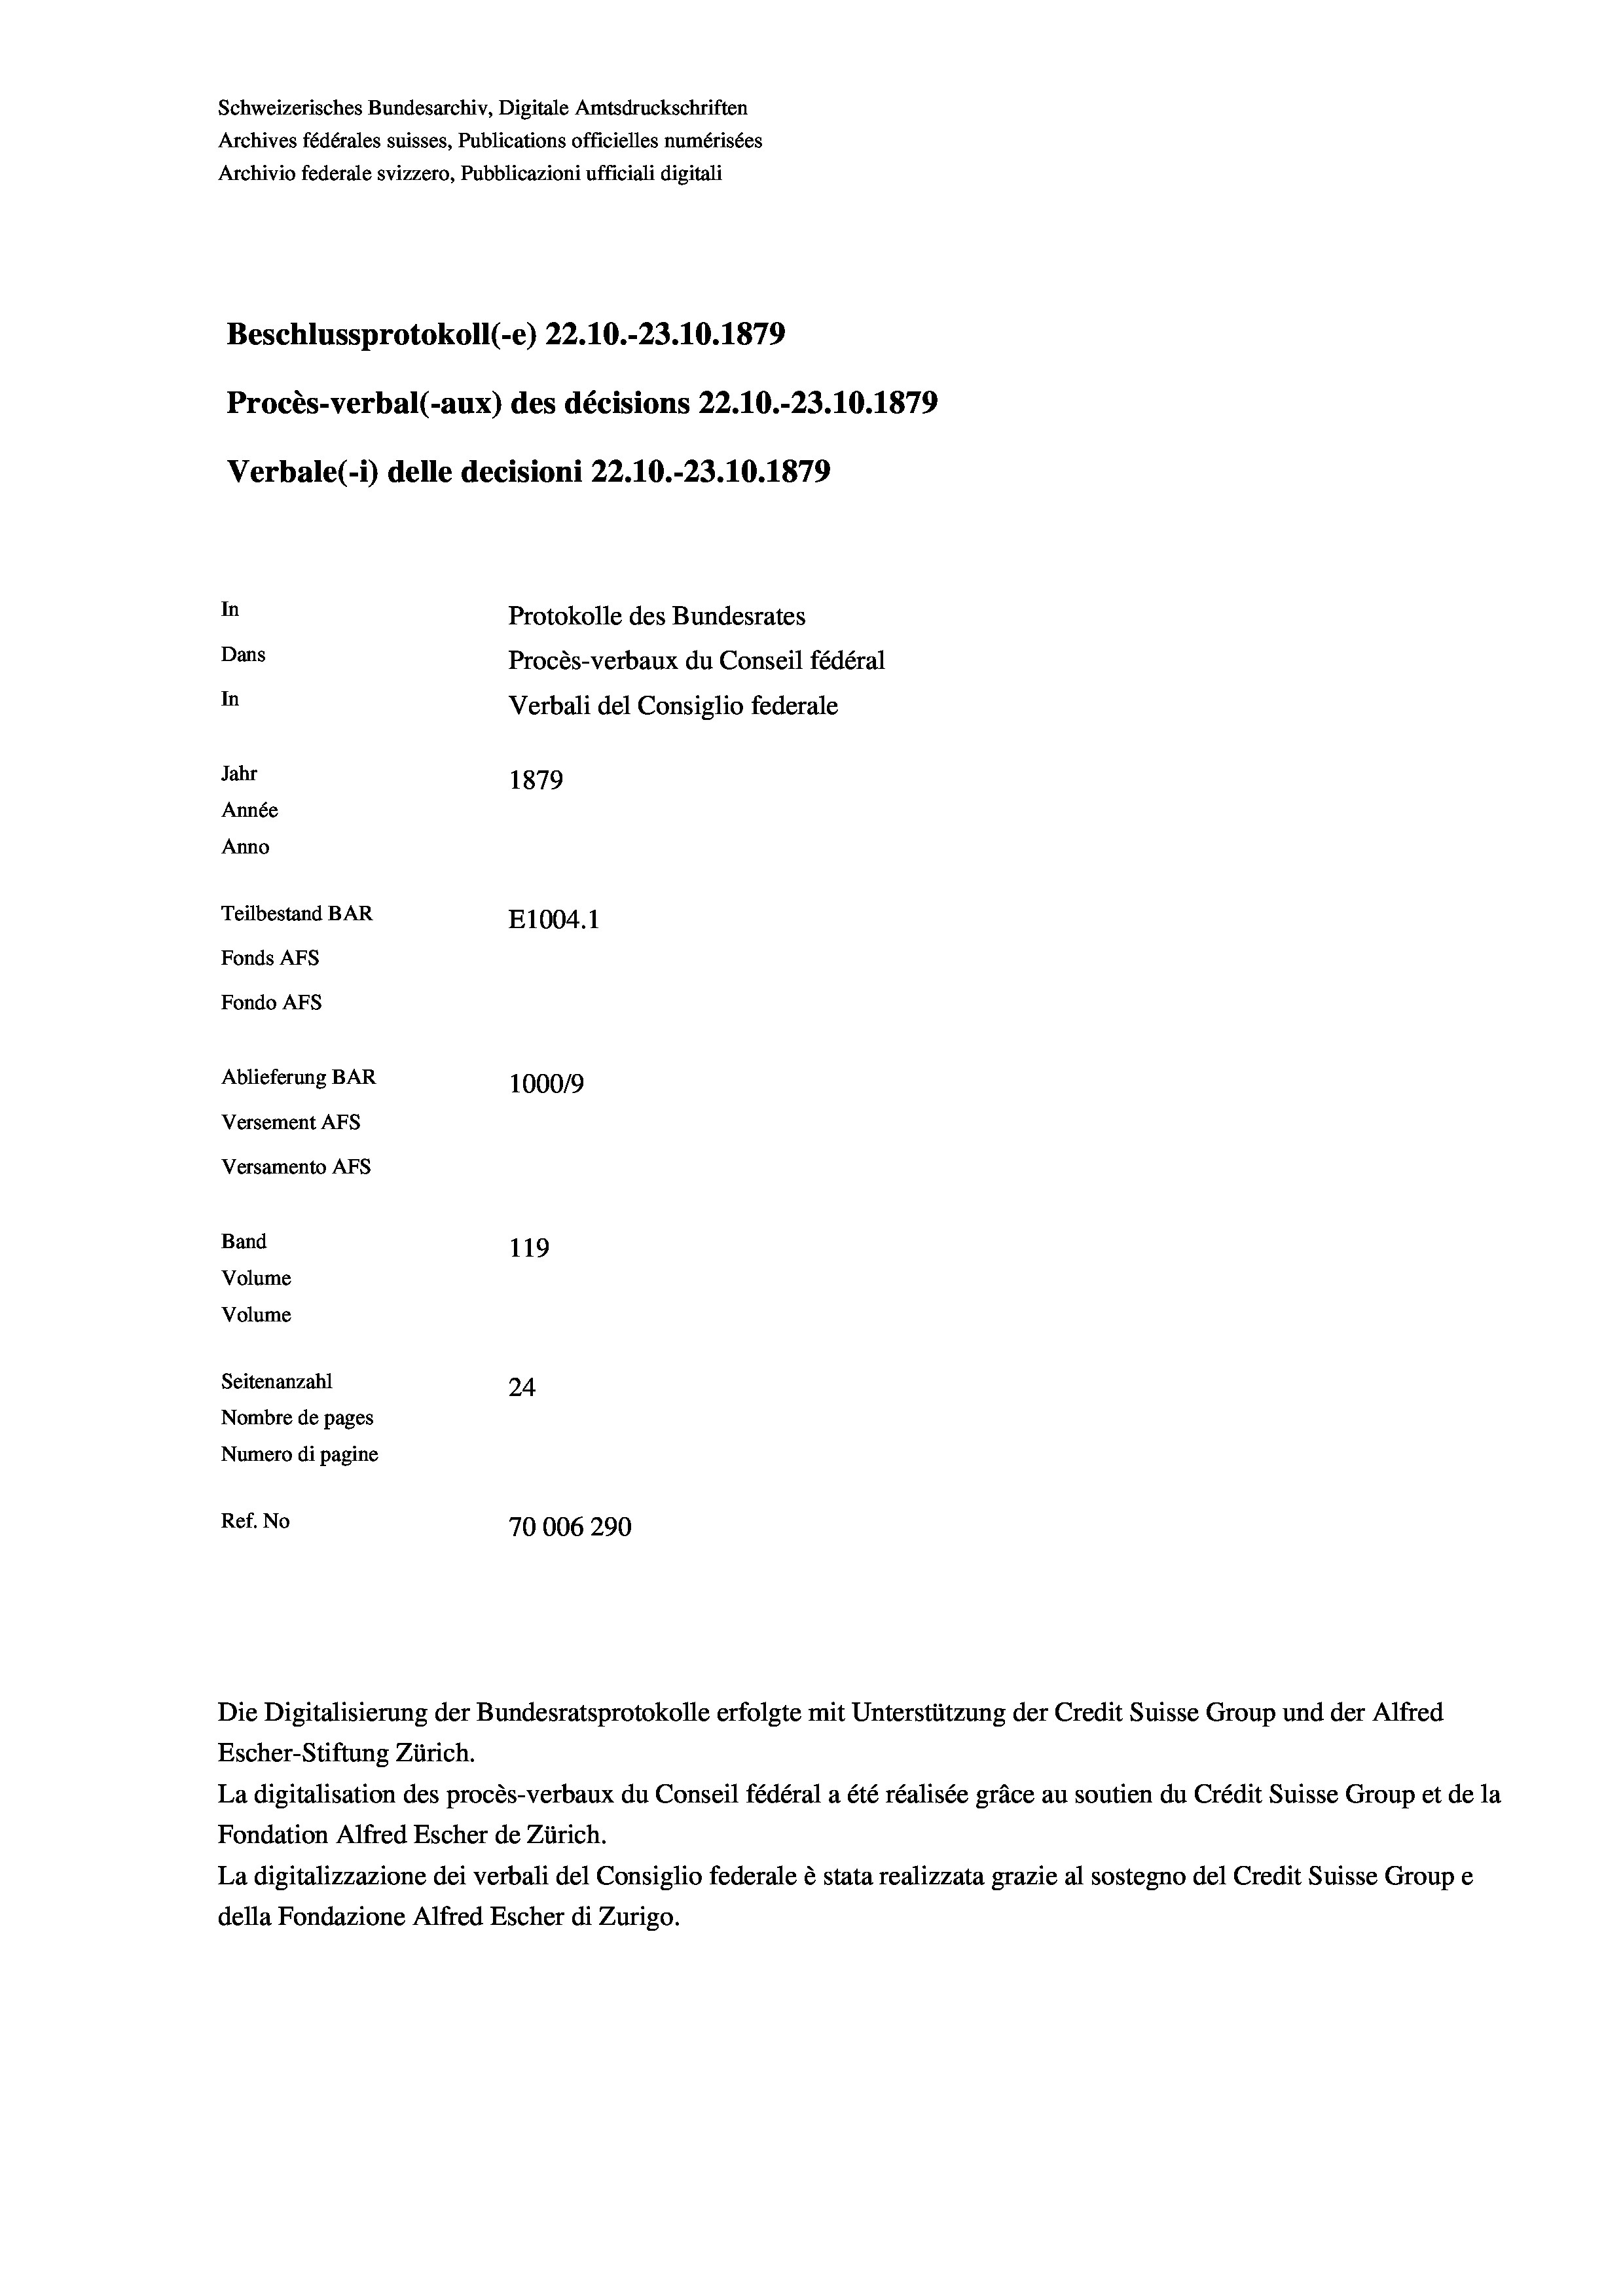
Schweizerisches Bundesarchiv, Digitale Amtsdruckschriften
Archives fédérales suisses, Publications officielles numérisées
Archivio federale svizzero, Pubblicazioni ufficiali digitali
Beschlussprotokoll (-e) 22.10.-23.10.1879
Procès-verbal (-aux) des décisions 22.10.-23.10.1879
Verbale (i) delle decisioni 22.10.-23.10.1879
In
Protokolle des Bundesrates
Dans
Procès-verbaux du Conseil fédéral
In
Verbali del Consiglio federale
Jahr
1879
Année
Anno
Teilbestand BAR
E1004.1
Fonds AFs
Fondo Afs
Ablieferung BAR
100019
Versement AFs
Versamento AFS
Band
119
Volume
Volume
Seitenanzahl
24
Nombre de pages
Numero di pagine
Ref. No
70006290

Escher-Stiftung Zürich.
La digitalisation des procès-verbaux du Conseil fédéral a été réalisée gräce au soutien du Crédit Suisse Group et de la
Fondation Alfred Escher de Zürich.
La digitalizzazione dei verbali del Consiglio federale è stata realizzata grazie al sostegno del Credit Suisse Groupe
della Fondazione Alfred Escher di Zurigo.

Die Digitalisierung der Bundesratsprotokolle erfolgte mit Unterstützung der Credit Suisse Group und der Alfred